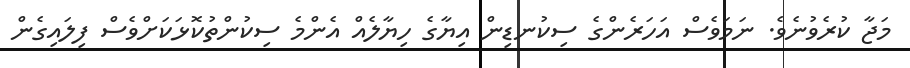
މަޖާ ކުރެވުނެވެ. ނަމަވެސް އަހަރެންގެ ސިކުނޑިން އިޔާގެ ހިޔާލެއް އެންމެ ސިކުންތުކޮޅަކަށްވެސް ފިލައިގެން